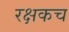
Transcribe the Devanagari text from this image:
रक्षकच